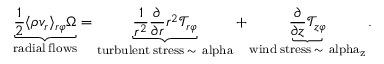
\underbrace { \frac { 1 } { 2 } \langle \rho v _ { r } \rangle _ { r \varphi } \Omega } _ { \mathrm { r a d i a l \: f l o w s } } = \underbrace { \frac { 1 } { r ^ { 2 } } \frac { \partial } { \partial r } r ^ { 2 } \mathcal { T } _ { r \varphi } } _ { \mathrm { t u r b u l e n t \: s t r e s s \: \sim \ a l p h a } } + \underbrace { \frac { \partial } { \partial z } \mathcal { T } _ { z \varphi } } _ { \mathrm { w i n d \: s t r e s s \: \sim \ a l p h a _ { z } } } .